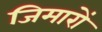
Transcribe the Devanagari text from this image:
जिमारों